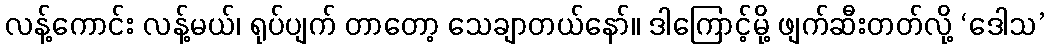
လန့်ကောင်း လန့်မယ်၊ ရုပ်ပျက် တာတော့ သေချာတယ်နော်။ ဒါကြောင့်မို့ ဖျက်ဆီးတတ်လို့ ‘ဒေါသ’